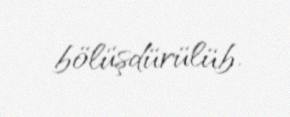
bölüşdürülüb.